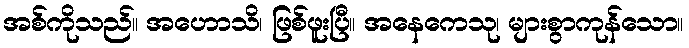
အစ်ကိုသည်။ အဟောသိ၊ ဖြစ်ဖူးပြီ။ အနေကေသု၊ များစွာကုန်သော။